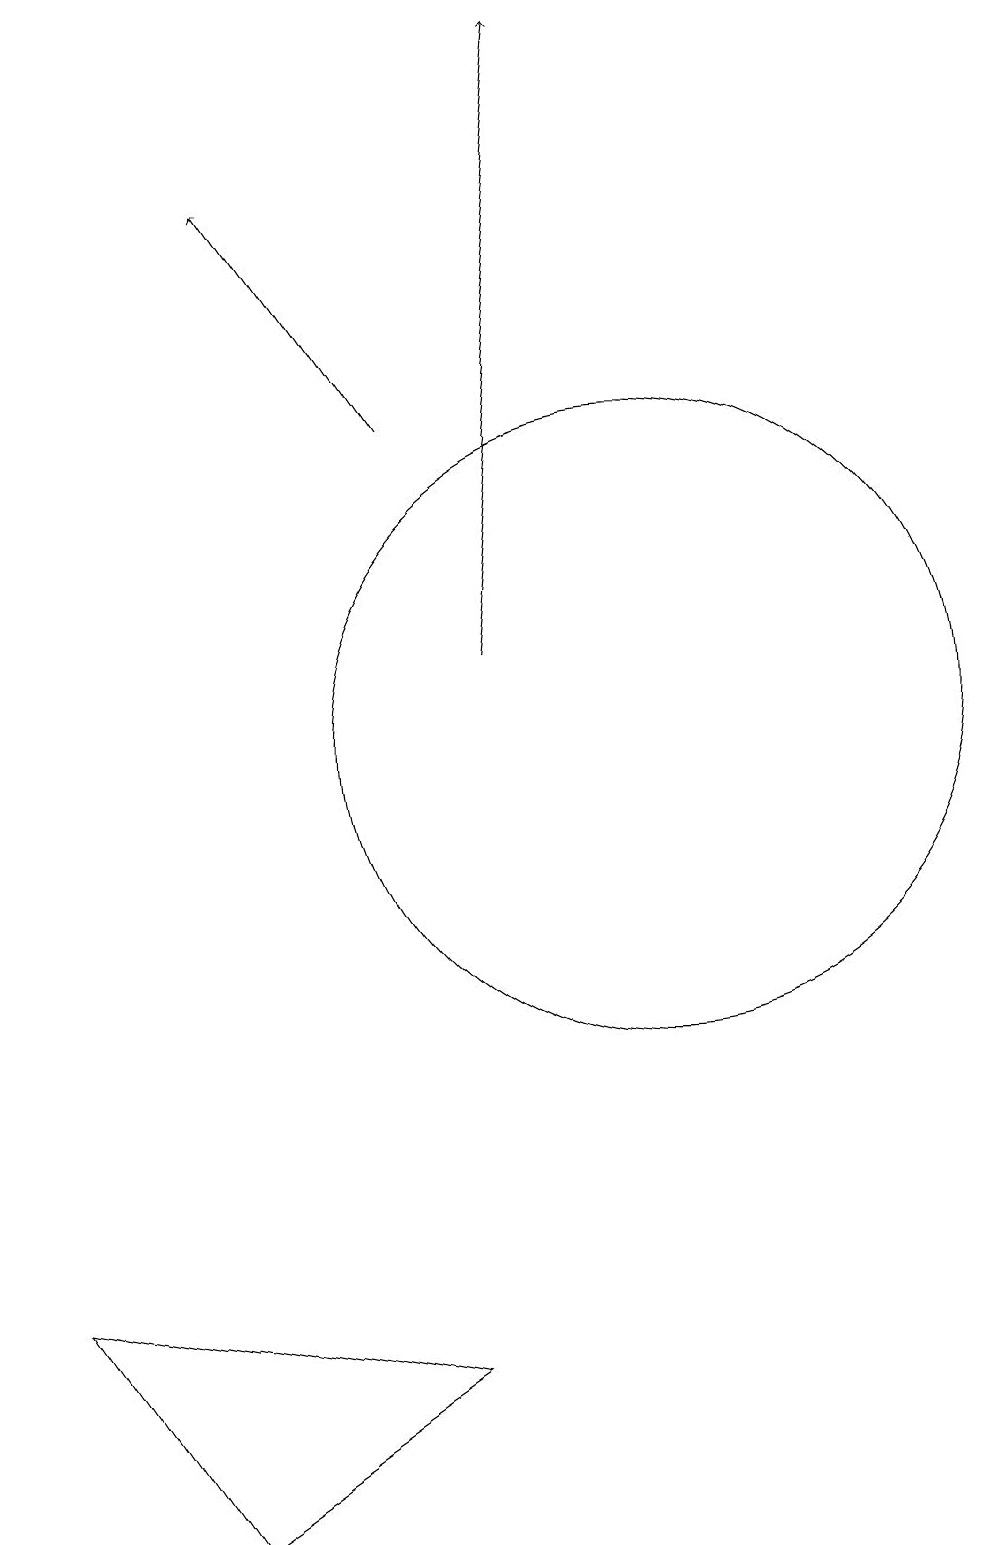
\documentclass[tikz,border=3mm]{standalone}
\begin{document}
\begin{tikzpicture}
\draw (10,10) circle (4);
\draw[->] (7,14) -- (5,17);
\draw[->] (8,11) -- (9,19);
\draw (4,0) -- (7,2) -- (2,3) -- cycle;
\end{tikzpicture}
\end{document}